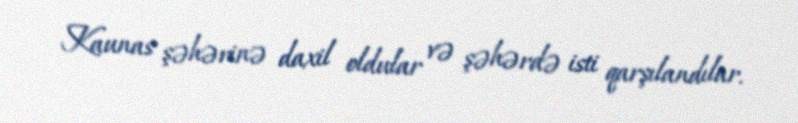
Kaunas şəhərinə daxil oldular və şəhərdə isti qarşılandılar.